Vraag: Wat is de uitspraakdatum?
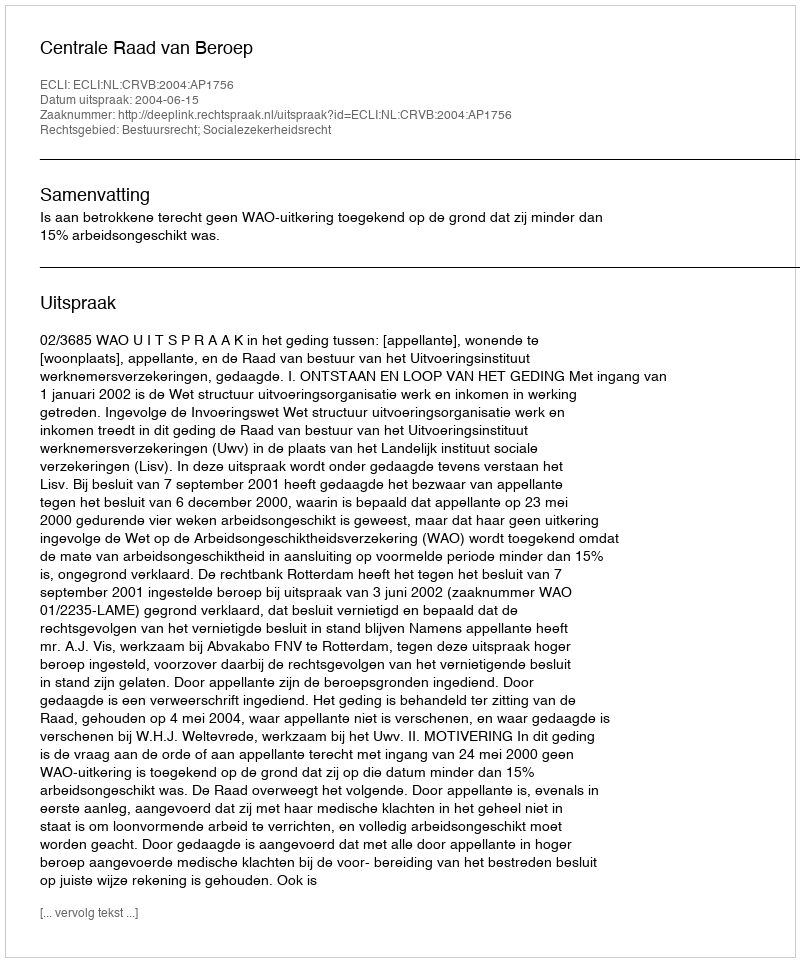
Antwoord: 2004-06-15